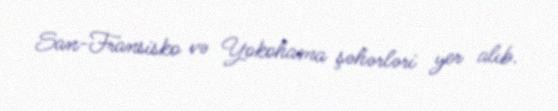
San-Fransisko və Yokohama şəhərləri yer alıb.